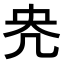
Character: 𭂰